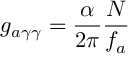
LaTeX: g _ { a \gamma \gamma } = { \frac { \alpha } { 2 \pi } } { \frac { N } { f _ { a } } }